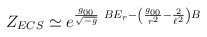
\begin{align*}Z_{ECS}\simeq e^{\frac{g_{00}}{\sqrt{-g}}\ BE_r-\left(\frac{g_{00}}{r^2}-\frac{2}{\ell^2}\right)B}\end{align*}